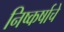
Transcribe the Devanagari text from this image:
निष्कर्षाचे